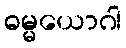
ဓမ္မယောဂါ